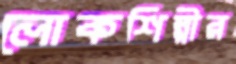
লোকশিল্পীর